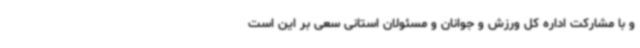
و با مشارکت اداره کل ورزش و جوانان و مسئولان استانی سعی بر این است